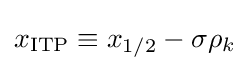
x_{\text{ITP}}\equiv x_{1/2}-\sigma \rho _{k}